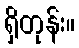
ရှိတုန်း။